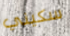
سكيني